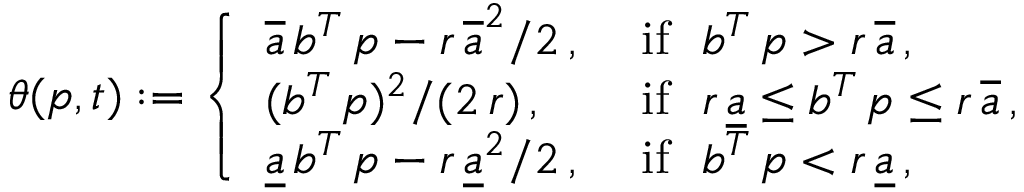
\theta ( p , t ) : = \left\{ \begin{array} { l l } { \overline { { a } } \, b ^ { T } \, p - r \, \overline { { a } } ^ { 2 } / 2 \, , } & { \mathrm { ~ i f \ \ } b ^ { T } \, p > r \, \overline { { a } } \, , } \\ { ( b ^ { T } \, p ) ^ { 2 } / ( 2 \, r ) \, , } & { \mathrm { ~ i f \ \ } r \, \underline { { a } } \le b ^ { T } \, p \le r \, \overline { { a } } \, , } \\ { \underline { { a } } \, b ^ { T } \, p - r \, \underline { { a } } ^ { 2 } / 2 \, , } & { \mathrm { ~ i f \ \ } b ^ { T } \, p < r \, \underline { { a } } \, , } \end{array} \right.